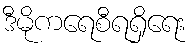
ဒီမိုကရေစီရရှိရေး